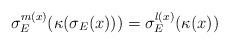
LaTeX: \begin{align*}\sigma_E^{m(x)} ( \kappa( \sigma_E(x) ) ) = \sigma_E^{l(x)} ( \kappa(x) )\end{align*}